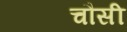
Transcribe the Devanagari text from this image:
चौसी